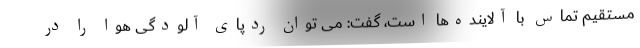
مستقیم تماس با آلاینده‌ها است، گفت: می توان ردپای آلودگی هوا را در